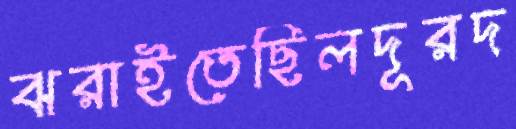
ঝরাইতেছিলদূরদ